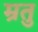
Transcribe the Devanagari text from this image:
म्रतु